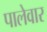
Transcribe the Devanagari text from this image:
पालेवार